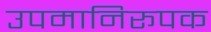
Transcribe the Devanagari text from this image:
उपमानिरूपक